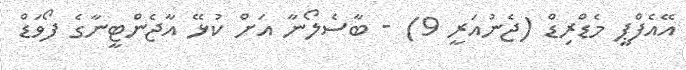
އޭއެފްޕީ މެޑްރިޑް (ޖެނުއަރީ 9) - ބާސެލޯނާ އަށް ކުޅޭ އާޖެންޓީނާގެ ފޯވަޑް